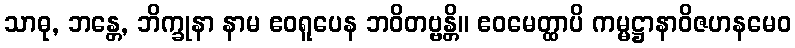
သာဓု, ဘန္တေ, ဘိက္ခုနာ နာမ ဧဝရူပေန ဘဝိတဗ္ဗန္တိ။ ဧဝမေတ္ထာပိ ကမ္မဋ္ဌာနာဝိဇဟနမေဝ